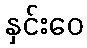
နှင်းဝေ